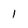
Character: 1